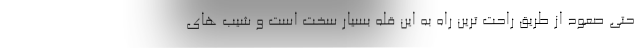
حتی صعود از طریق راحت ترین راه به این قله بسیار سخت است و شیب های